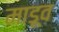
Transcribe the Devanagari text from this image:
माडूव